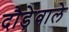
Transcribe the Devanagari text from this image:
दौड़ेवाले